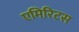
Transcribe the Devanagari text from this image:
एमिरिटस